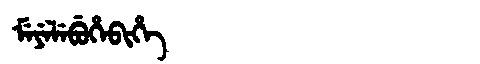
Manchu: ᠮᡝᠶᡝᠯᡝᠪᡠᡥᡝᠪᡳᡥᡝ
Romanization: MEYELEBUHEBIHE